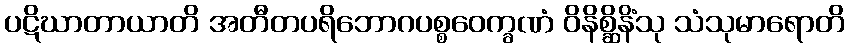
ပဋိဃာတာယာတိ အတီတပရိဘောဂပစ္စဝေက္ခဏံ ဝိနိစ္ဆိနိံသု သံသုမာရောတိ